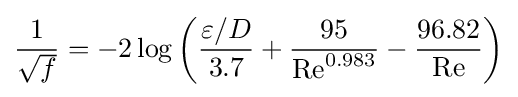
{\frac {1}{\sqrt {f}}}=-2\log \left({\frac {\varepsilon /D}{3.7}}+{\frac {95}{\mathrm {Re} ^{0.983}}}-{\frac {96.82}{\mathrm {Re} }}\right)